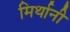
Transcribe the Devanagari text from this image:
मिर्थानी